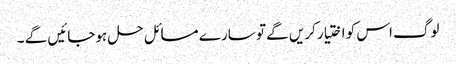
لوگ اس کو اختیار کریں گے تو سارے مسائل حل ہوجائیں گے ۔